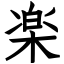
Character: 楽